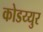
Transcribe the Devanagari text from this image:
कोडय्युर